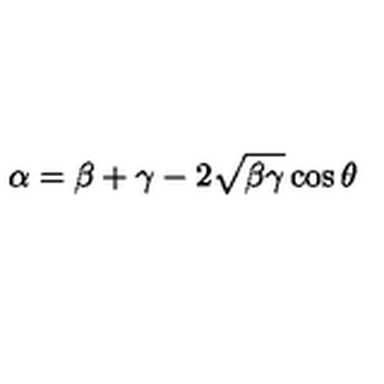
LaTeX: \alpha = \beta + \gamma - 2 \sqrt { \beta \gamma } \cos \theta